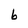
Character: b